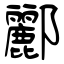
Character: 酈